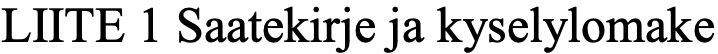
LIITE 1 Saatekirje ja kyselylomake